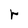
Character: r